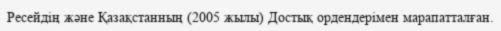
Ресейдің және Қазақстанның (2005 жылы) Достық ордендерімен марапатталған.